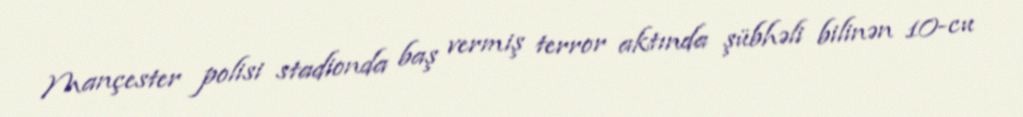
Mançester polisi stadionda baş vermiş terror aktında şübhəli bilinən 10-cu